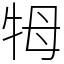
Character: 牳